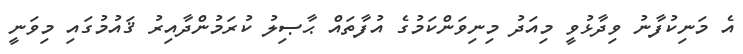
އެ މަނިކުފާނު ވިދާޅުވީ މިއަދު މިނިވަންކަމުގެ އުފާތައް ޙާޞިލު ކުރަމުންދާއިރު ޤައުމުގައި މިވަނީ